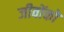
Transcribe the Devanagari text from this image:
जीवोंको